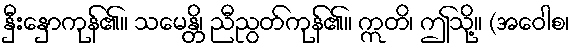
နှီးနှောကုန်၏။ သမေန္တိ၊ ညီညွတ်ကုန်၏။ ဣတိ၊ ဤသို့။ (အဝေါစ၊